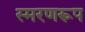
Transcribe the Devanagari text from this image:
स्मरणरूप